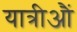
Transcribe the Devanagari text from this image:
यात्रीऔं